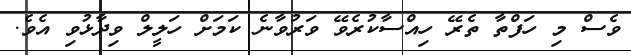
ވެސް މި ހަފްތާ ތެރޭ ހިއްސާކުރެވޭ ވަރުވާނެ ކަމަށް ހަލީލް ވިދާޅުވި އެވެ.